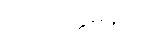
သပရိက္ကမနံပေ